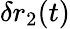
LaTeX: \delta r_{2}(t)